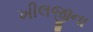
ખીલજીના